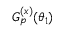
G _ { p } ^ { ( x ) } ( \theta _ { 1 } )